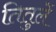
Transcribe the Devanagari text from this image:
तितुलें